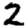
Digit: 2